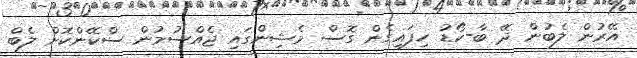
އޭރުން ލެބުން ދޭ ބާ-ކޯޑު ހިފައިގެން ގޮސް މެޝިންގައި ޖެއްސުމުން ސްކޭންކޮށް ލެބް